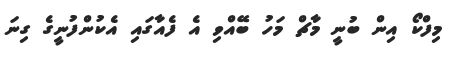
މިފްކޯ އިން ބުނީ މާޗް މަހު ބޭއްވި އެ ފެއާގައި އެކުންފުނީގެ ގިނަ